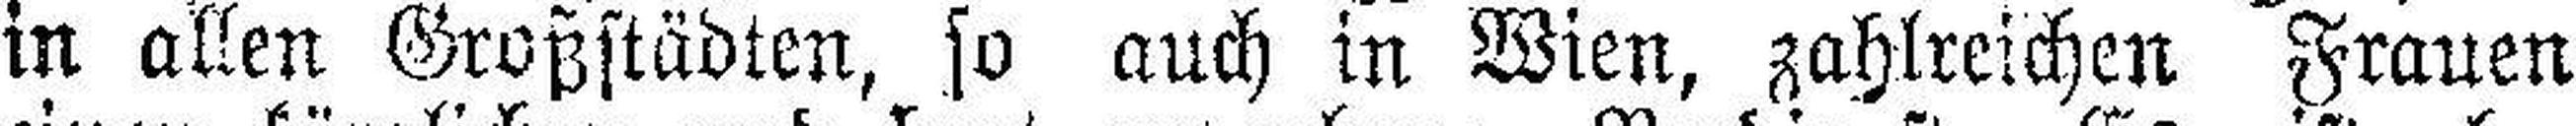
in allen Großstädten, so auch in Wien, zahlreichen Frauen